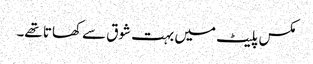
مکس پلیٹ میں بہت شوق سے کھاتا تھے۔